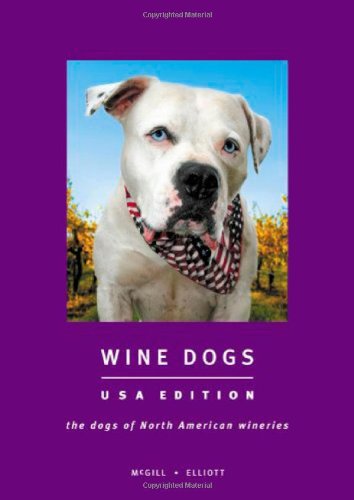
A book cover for Wine Dogs USA Edition; Craig McGill & Susan Elliott; Crafts, Hobbies & Home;